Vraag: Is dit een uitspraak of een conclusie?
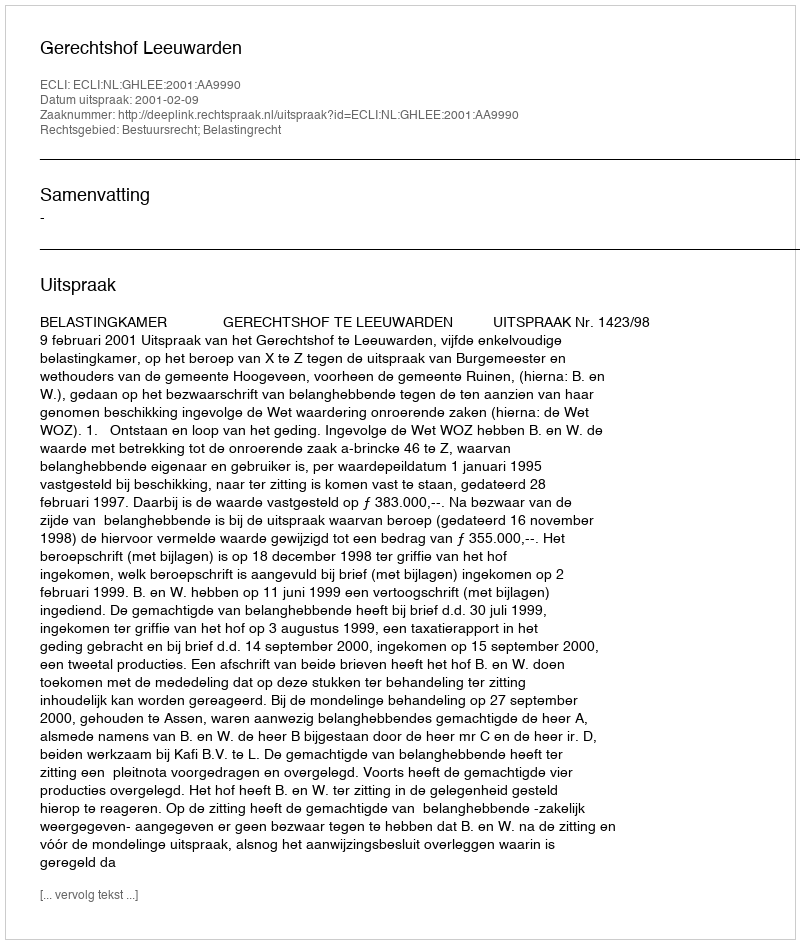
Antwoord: Uitspraak